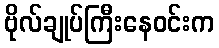
ဗိုလ်ချုပ်ကြီးနေဝင်းက